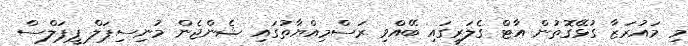
މި މައުރަޒާ ގުޅޭގޮތުން އާޓް ގެލަރީގައި ބޭއްވި ރަސްމިއްޔާތުގައި ޝެންޖެން މުނިސިޕަލް ޕީޕަލްސް